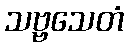
သဗ္ဗသေတံ